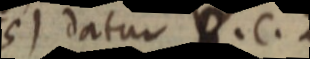
5) datur B. C. Z